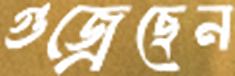
গুজ্‌রেছেন